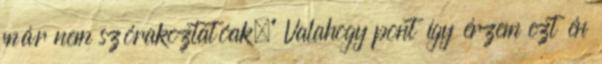
már nem szórakoztatóak." Valahogy pont így érzem ezt én